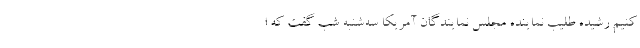
کنیم رشیده طلیب نماینده مجلس نمایندگان آمریکا سه‌شنبه شب گفت که ا